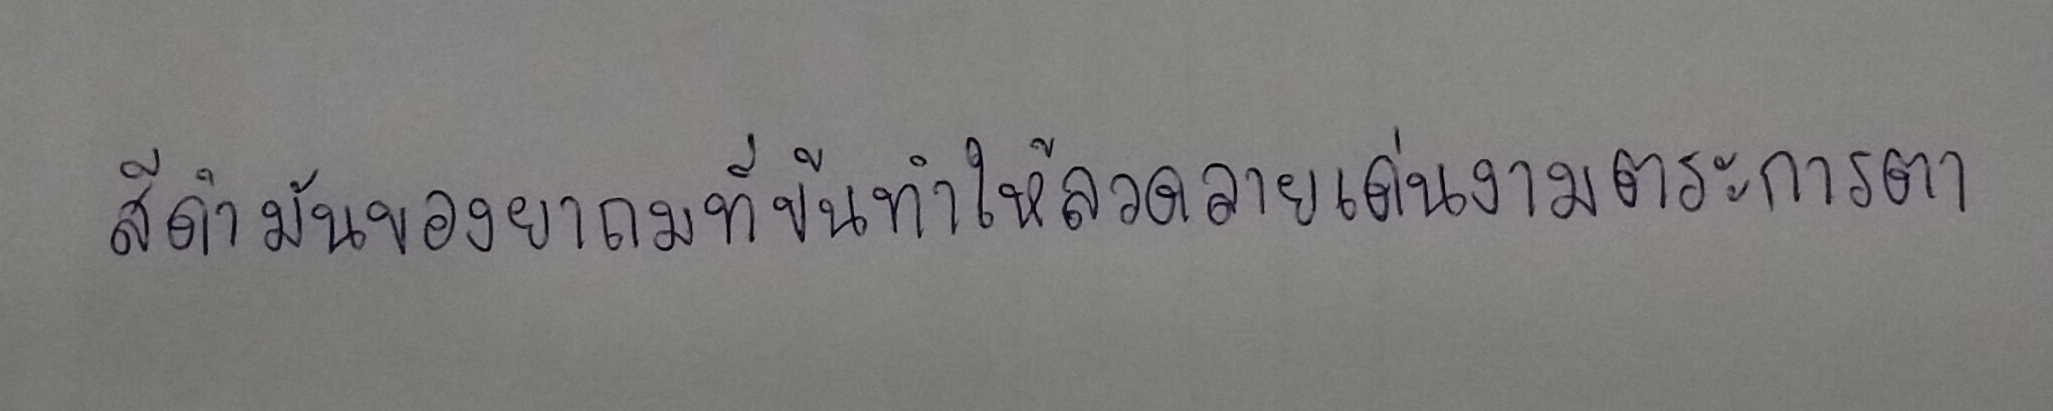
สีดำมันของยาถมที่ข้นทำให้ลวดลายเด่นงามตระการตา